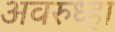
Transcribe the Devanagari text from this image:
अवरुध्हा